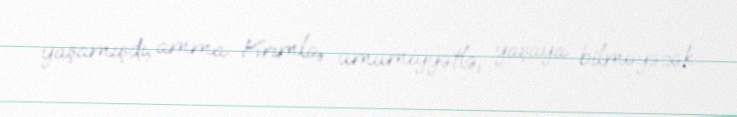
yaşamışdı, amma Krımla, ümumiyyətlə, yaşaya bilməyəcək...